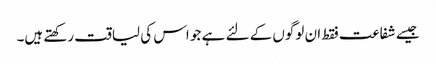
جیسے شفاعت فقط ان لوگوں کے لئے ہے جو اس کی لیاقت رکھتے ہیں۔